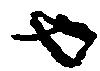
也